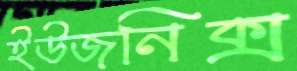
ইউজনিক্স